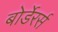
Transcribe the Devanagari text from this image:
बोर्डेरर्स